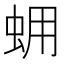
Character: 𧊊